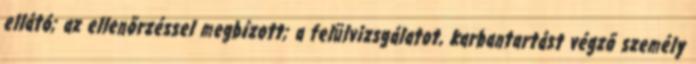
ellátó; az ellenõrzéssel megbízott; a felülvizsgálatot, karbantartást végzõ személy